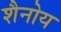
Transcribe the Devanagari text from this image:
शैनोय